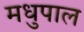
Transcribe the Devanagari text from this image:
मधुपाल